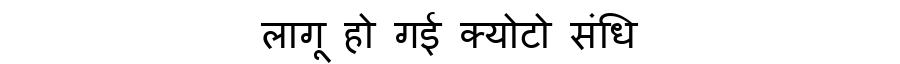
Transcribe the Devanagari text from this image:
लागू हो गई क्योटो संधि